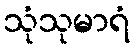
သုံသုမာရံ